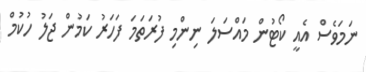
ނަމަވެސް އެއީީ ކޯޓުން މައްސަލަ ނިންމި ފުރަތަމަ ފަހަރު ކަމުން ޖަލު ހުކުމް